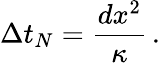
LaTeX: \Delta t_{N}=\frac{dx^{2}}{\kappa}\, .